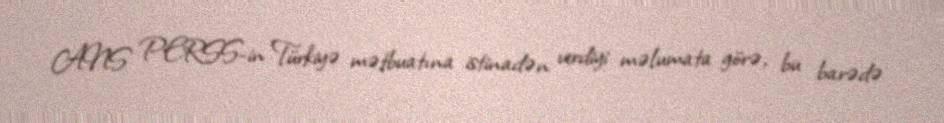
ANS PERSS-in Türkiyə mətbuatına istinadən verdiyi məlumata görə, bu barədə